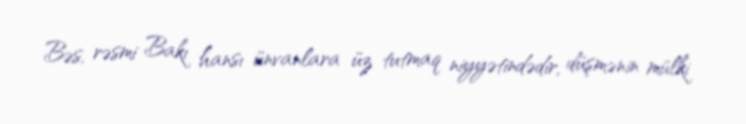
Bəs, rəsmi Bakı hansı ünvanlara üz tutmaq niyyətindədir, düşmənin mülki